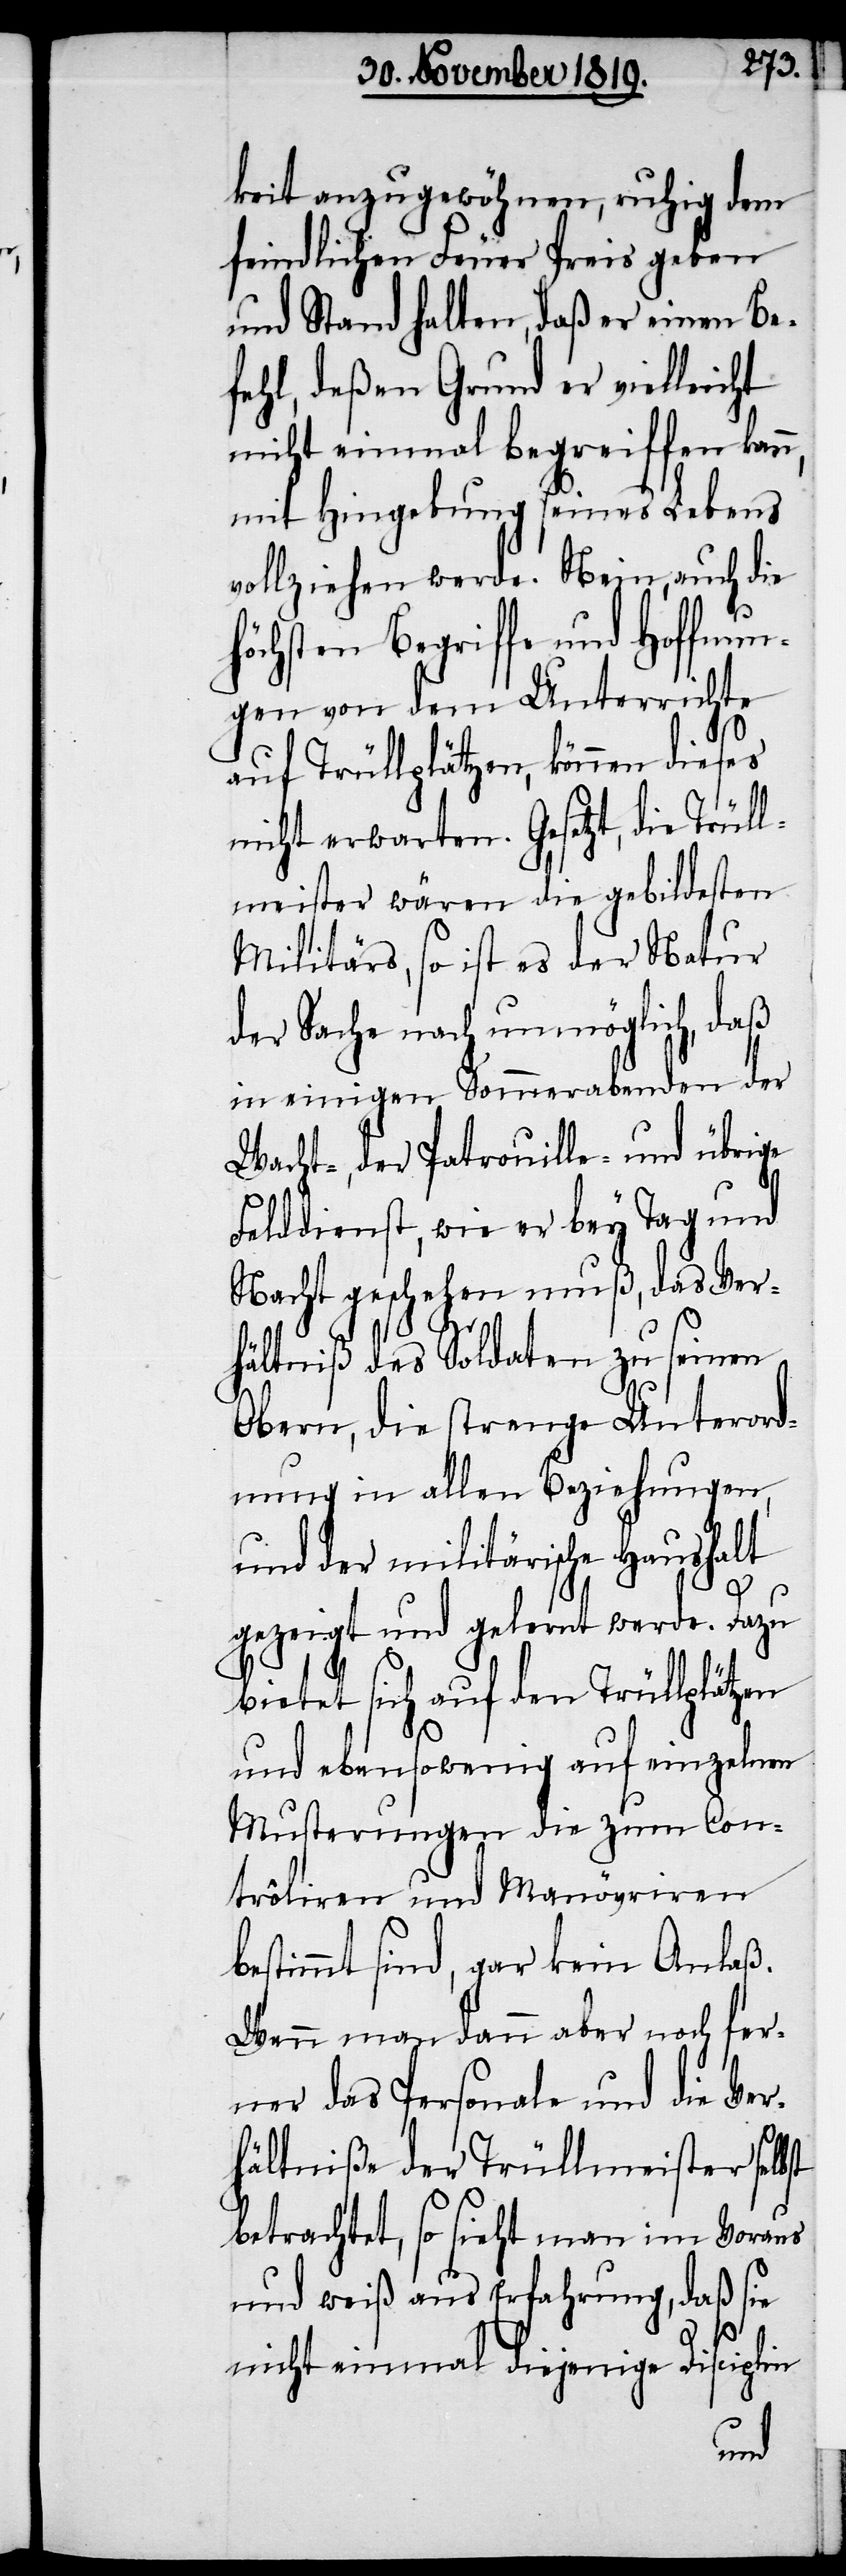
keit anzugewöhnen, ruhig dem
feindlichen Feuer Preis geben
und Stand halten, daß er einen Be¬
fehl, deßen Grund er vielleicht
nicht einmal begreiffen kann,
mit Hingebung seines Lebens
vollziehen werde. Nein, auch die
höchsten Begriffe und Hoffnun¬
gen von dem Unterrichte
auf Trüllplätzen, können dieses
nicht erwarten. Gesetzt, die Trüll¬
meister wären die gebildetsten
Militärs, so ist es der Natur
der Sache nach unmöglich, daß
in einigen Sommerabenden der
Wacht-, der Patrouille- und übrige
Felddienst, wie er bey Tag und
Nacht geschehen muß, das Ver¬
b¬
hältniß des Soldaten zu seinen
Obern, die strenge Unterord¬
nung in alle Beziehungen,
und der militärische Haushalt
gezeigt und gelernt werde. Dazu
bietet sich auf den Trüllplätzen
und ebensowenig auf einzelnen
Musterungen die zum Con¬
trôliren und Manövriren
estimmt sind, gar kein Anlaß.
Wenn man dann aber noch fer¬
ner das Personale und die Ver¬
hältniße der Trüllmeister selbst
betrachtet, so sieht man im Voraus
und weiß aus Erfahrung, daß sie
nicht einmal diejenige Disciplin